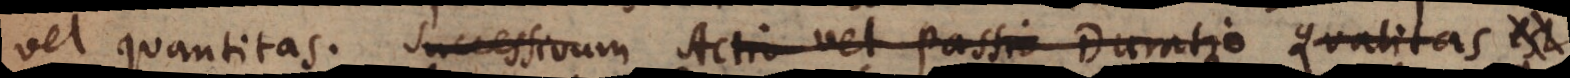
et quantitas. Successivum Actio vel Passio Duratio Qualitas est